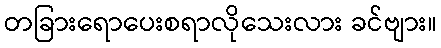
တခြားရောပေးစရာလိုသေးလား ခင်ဗျား။